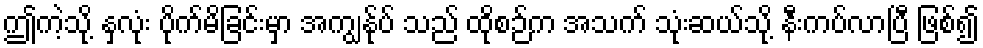
ဤကဲ့သို့ နှလုံး ပိုက်မိခြင်းမှာ အကျွန်ုပ် သည် ထိုစဉ်က အသက် သုံးဆယ်သို့ နီးကပ်လာပြီ ဖြစ်၍